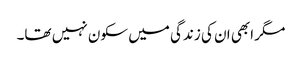
مگر ابھی ان کی زندگی میں سکون نہیں تھا۔